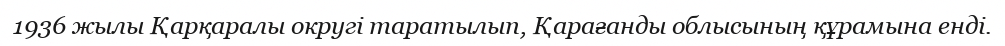
1936 жылы Қарқаралы округі таратылып, Қарағанды облысының құрамына енді.